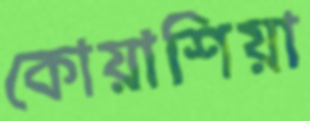
কোয়াশিয়া